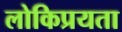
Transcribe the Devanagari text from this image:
लोकिप्रयता